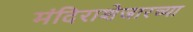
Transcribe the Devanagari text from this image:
मंदिराशेजारच्या